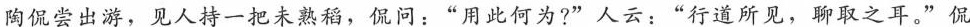
陶侃尝出游，见人持一把未熟稻，侃